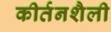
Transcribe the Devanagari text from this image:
कीर्तनशैली